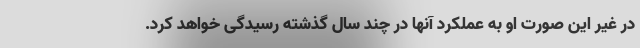
در غیر این صورت او به عملکرد آنها در چند سال گذشته رسیدگی خواهد کرد.